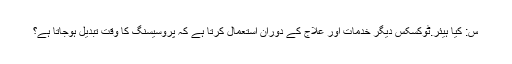
س: کیا ہیئر.ٹوکسکس دیگر خدمات اور علاج کے دوران استعمال کرتا ہے کہ پروسیسنگ کا وقت تبدیل ہوجاتا ہے؟